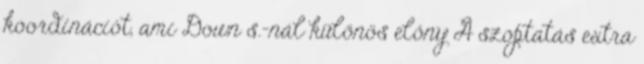
koordinációt, ami Down s.-nál különös előny A szoptatás extra